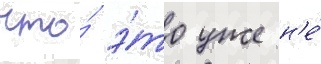
что́ э́то уже н'е́